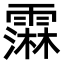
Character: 䨬